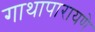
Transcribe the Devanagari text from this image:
गाथापारायणे